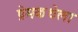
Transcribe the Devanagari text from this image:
प्रेमकथेला